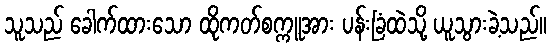
သူသည် ခေါက်ထားသော ထိုကတ်စက္ကူအား ပန်းခြံထဲသို့ ယူသွားခဲ့သည်။